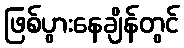
ဖြစ်ပွားနေချိန်တွင်